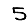
Digit: 5